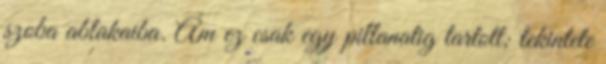
szoba ablakaiba. Ám ez csak egy pillanatig tartott; tekintete